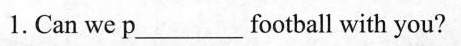
1. Can we p___football with you?